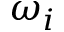
\omega _ { i }